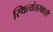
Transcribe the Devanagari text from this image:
स्थित्यंतरकारी